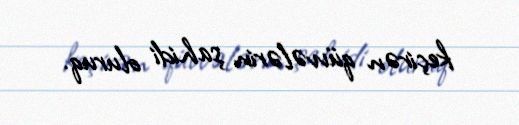
keçirən qüvvələrin şahidi oluruq.